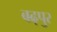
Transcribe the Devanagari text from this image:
बढ़पुर